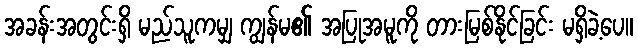
အခန်းအတွင်းရှိ မည်သူကမျှ ကျွန်မ၏ အပြုအမူကို တားမြစ်နိုင်ခြင်း မရှိခဲ့ပေ။